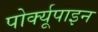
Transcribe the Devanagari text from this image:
पोर्क्यूपाइन